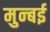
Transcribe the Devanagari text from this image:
मुन्बई